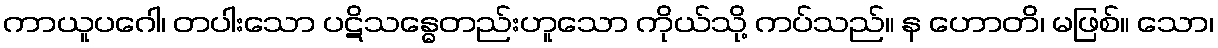
ကာယူပဂေါ၊ တပါးသော ပဋိသန္ဓေတည်းဟူသော ကိုယ်သို့ ကပ်သည်။ န ဟောတိ၊ မဖြစ်။ သော၊